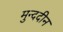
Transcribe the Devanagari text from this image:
मुन्ददीन